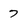
Character: 7